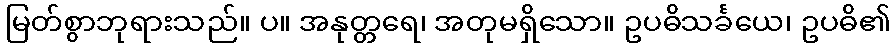
မြတ်စွာဘုရားသည်။ ပ။ အနုတ္တရေ၊ အတုမရှိသော။ ဥပဓိသင်္ခယေ၊ ဥပဓိ၏